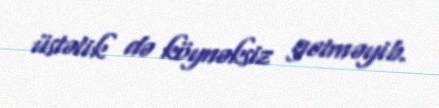
üstəlik də köynəksiz getməyib.